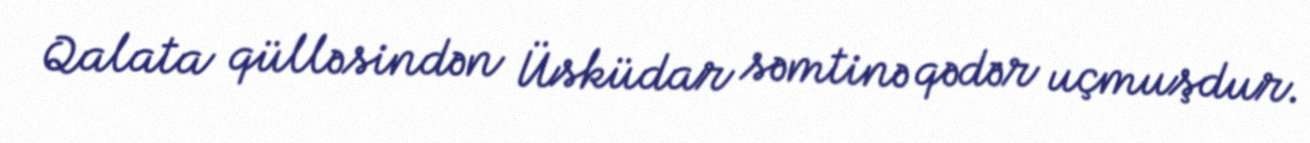
Qalata qülləsindən Üsküdar səmtinə qədər uçmuşdur.